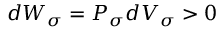
d { \cal W } _ { \sigma } = { \cal P } _ { \sigma } d V _ { \sigma } > 0